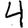
Digit: 4